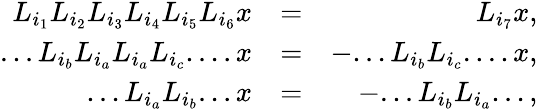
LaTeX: \begin{array}{rlr}{L_{i_{1}}L_{i_{2}}L_{i_{3}}L_{i_{4}}L_{i_{5}}L_{i_{6}}x}&{=}&{L_{i_{7}}x,}\\ {...L_{i_{b}}L_{i_{a}}L_{i_{a}}L_{i_{c}}....x}&{=}&{-...L_{i_{b}}L_{i_{c}}....x,}\\ {...L_{i_{a}}L_{i_{b}}...x}&{=}&{-...L_{i_{b}}L_{i_{a}}...,}\end{array}